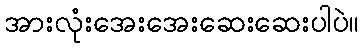
အားလုံးအေးအေးဆေးဆေးပါပဲ။